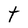
Character: t